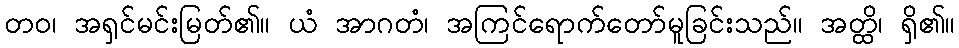
တဝ၊ အရှင်မင်းမြတ်၏။ ယံ အာဂတံ၊ အကြင်ရောက်တော်မူခြင်းသည်။ အတ္ထိ၊ ရှိ၏။